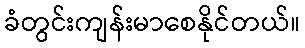
ခံတွင်းကျန်းမာစေနိုင်တယ်။